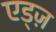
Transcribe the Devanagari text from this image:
एड्ज़